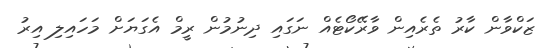
ޒަކްވާން ކާރު ތެރެއިން ވާރޭކޯޓެއް ނަގައި ދިނުމުން ރީމް އެގަޔަށް މަހައިލި އިރު